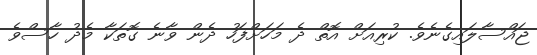
ޖައްސާލައިގެނެވެ. ކުރިއަށް އޮތް ދެ މަހަށްފަހު ދެން ވާނެ ގޮތަކާ މެދު ހާސްވެ